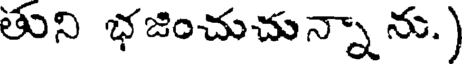
తుని భజించుచున్నాను.)